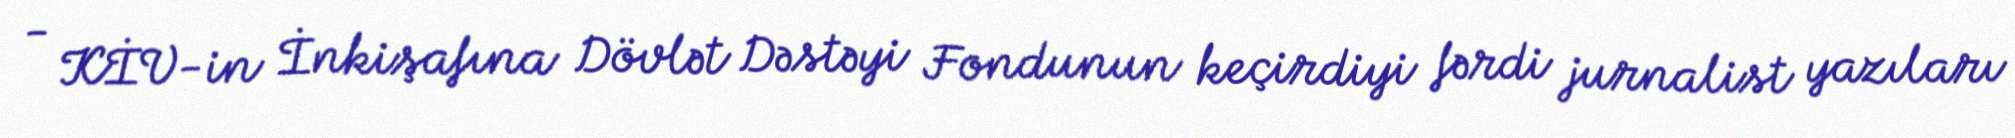
- KİV-in İnkişafına Dövlət Dəstəyi Fondunun keçirdiyi fərdi jurnalist yazıları